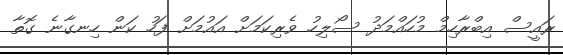
ރައީސް އިބްރާހިމް މުހައްމަދު ސޯލިހު ވެރިކަމަށް އައުމަށް ފަހު ކަން ހިނގާނެ ގޮތާ